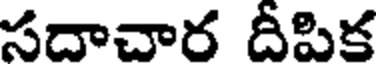
సదాచార దీపిక